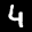
Label: 4